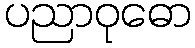
ပညာဝုဓော